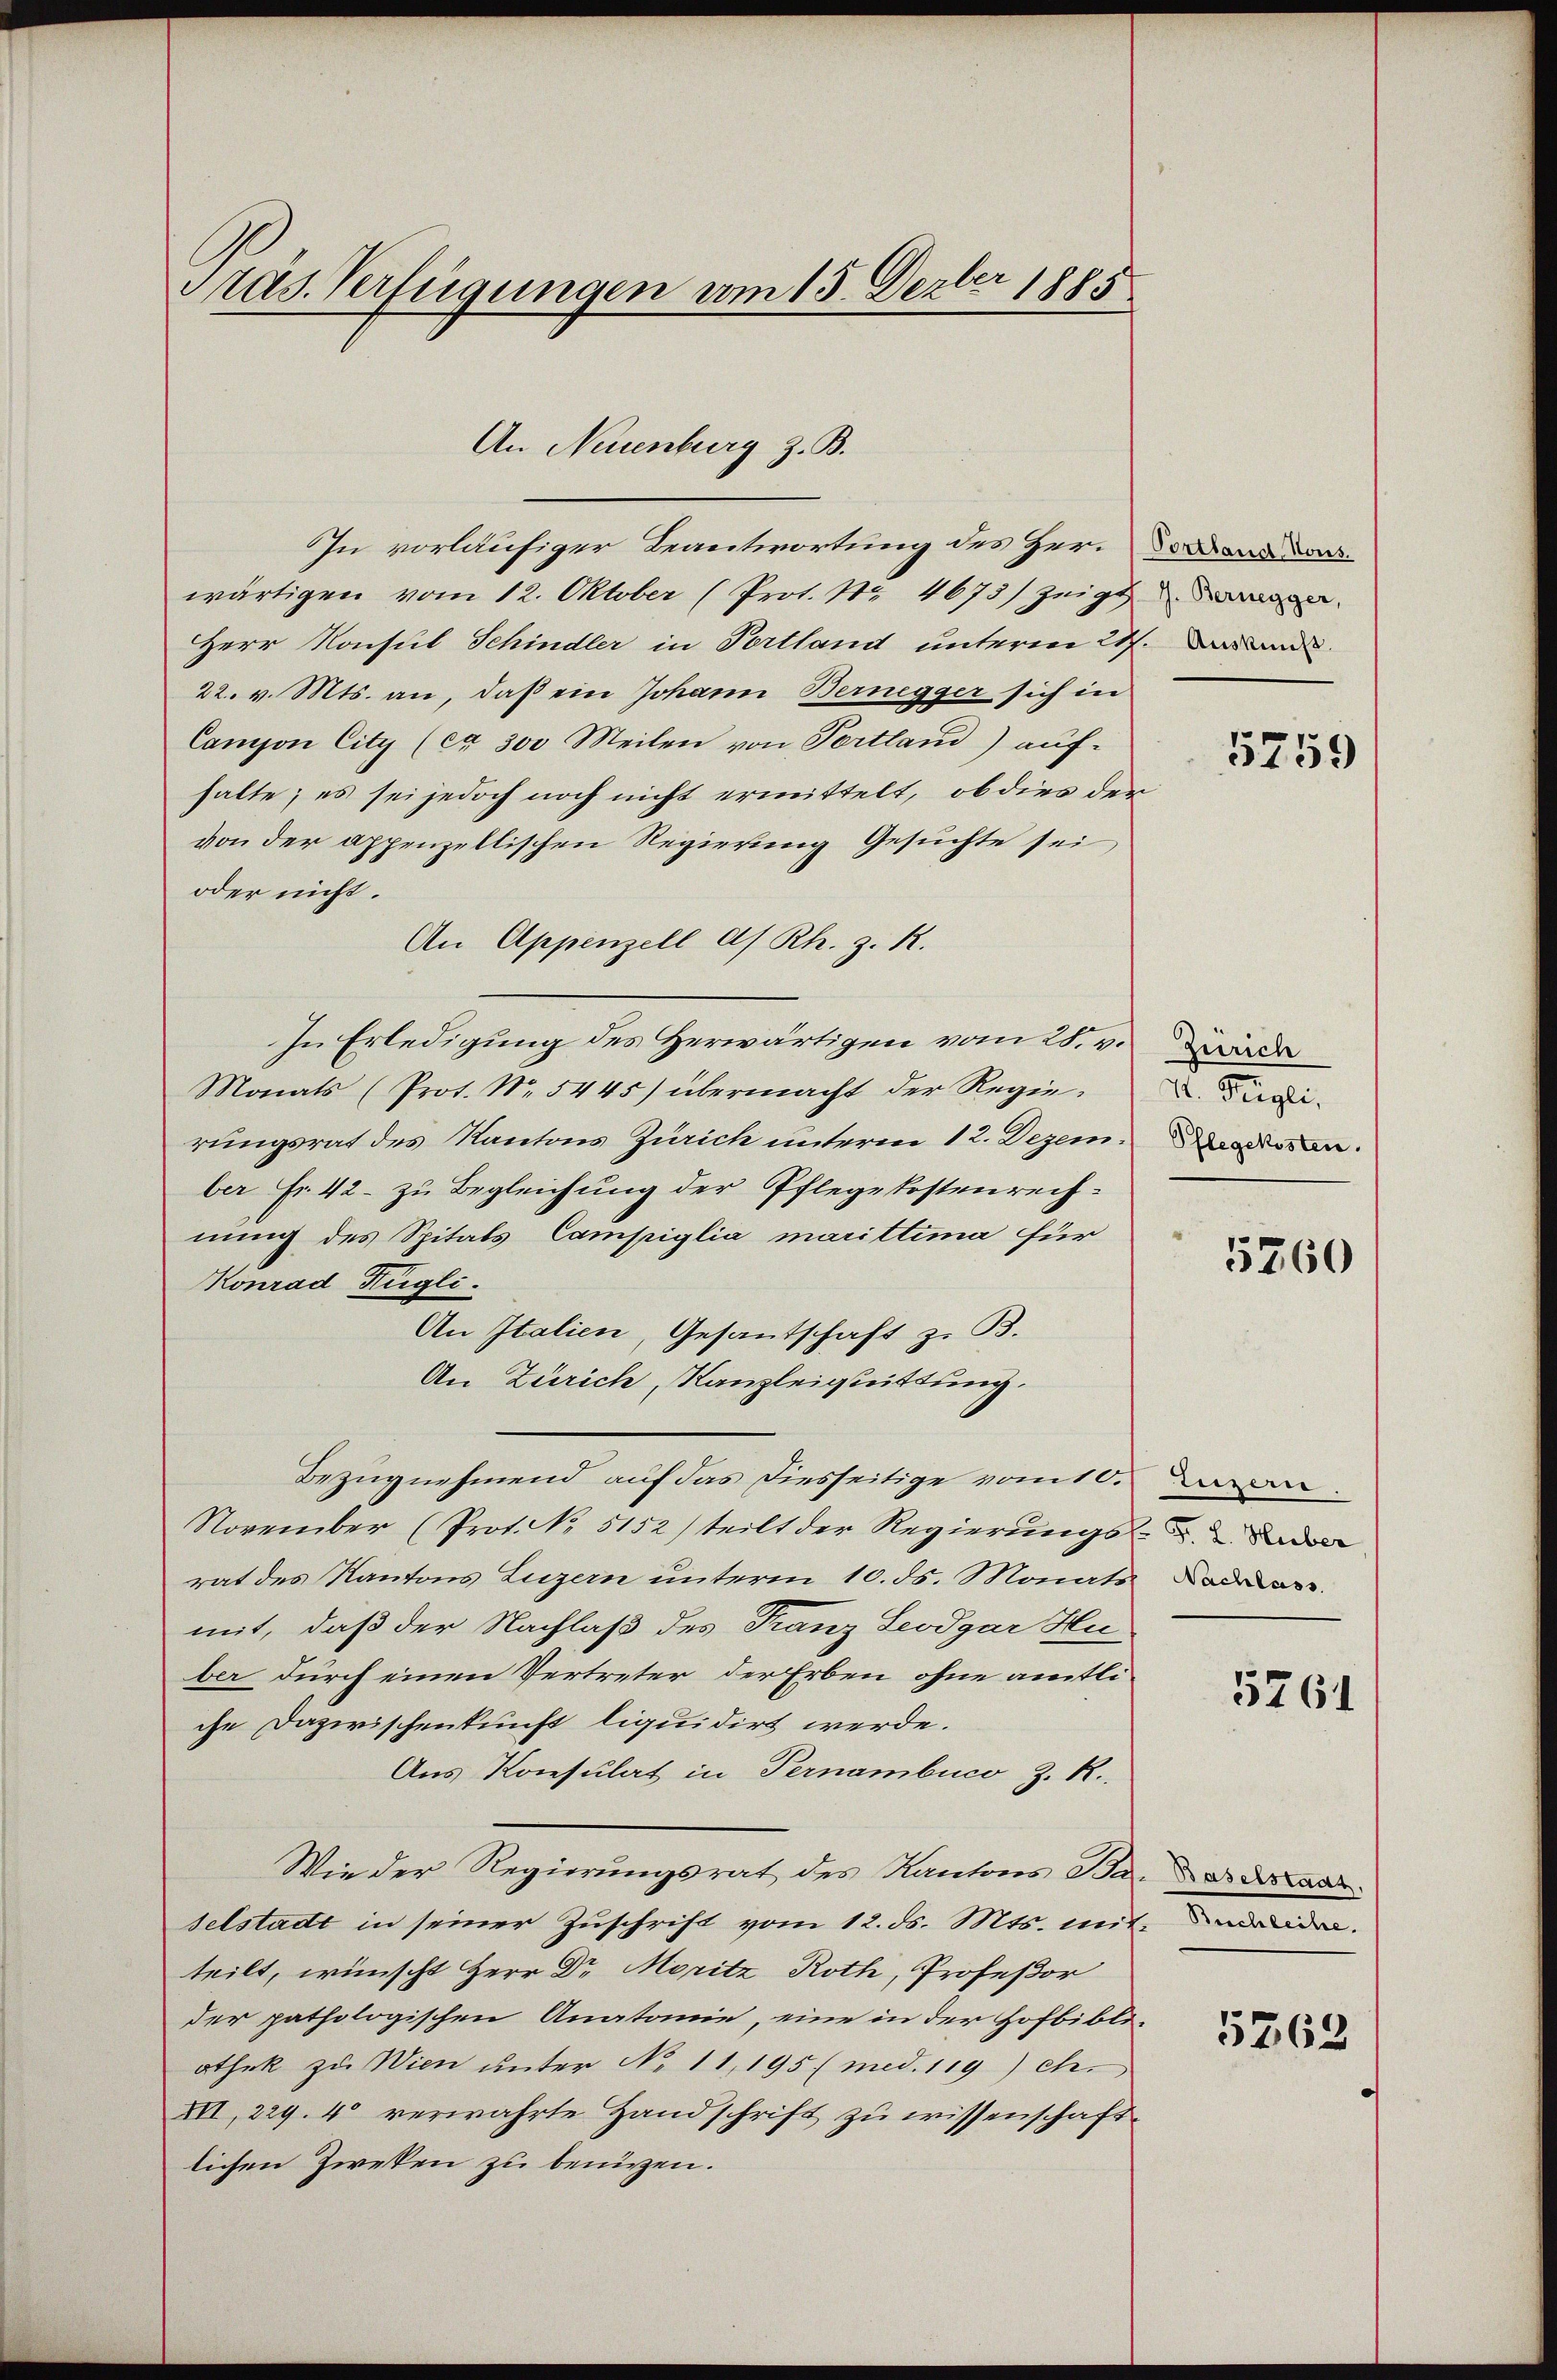
Präs. Verfügungen vom 15. Dezber 1885

An Neuenburg z. B.

In vorläufiger Beantwortung des Herwärtigen vom 12. Oktober (Prot. Nr. 4673) zeigt
Herr Konsul Schindler in Portland unterm 21. ande
22. v. Mts. an, daß ein Johann Bernegger sich in
Campon City (ca 300 Meilen von Portland) auf-
halte; es sei jedoch noch nicht ermittelt, ob dies der
von der appenzellischen Regierung Gesuchte sei,
oder nicht.
An Appenzell A/Rh. z. R.
In Erledigung des Herwärtigen vom 28. v. de
Monats (Prot. No. 5445) übermacht der Regierungsrat des Kantons Zürich unterm 12. Dezem. Dassen.
ber Fr. 42 - zu Begleichung der Pflegekostenrechnung des Spitals Campiglia marittima für
Konrad Rügli
An Italien, Gesantschaft z. B.
An Zürich, Kanzleiguittung.
Bezugnehmend auf das diesseitige vom 10. Jan.
November (Prot. No 5152) teilt der Regierungs-
rat des Kantons Luzern unterm 10. ds. Monats Bode
mit, daß der Nachlaß des Franz Seodgar Hu
ber durch einen Vertreter der Erben ohne amtliche Dazwischenkunft liquidirt werde.
Aus Konsulat in Pernambico z. R.
Wie der Regierungsrat des Kantons Baad
selstadt in seiner Zuschrift vom 12. ds. Mts. mit werden.
teilt, wünscht Herr Dr Moritz Roth, Profeßor
der pathologischen Anatomie, eine in der Hofbibli-
othek zu Wien unter No 11, 195 (med. 119) eh.
XVI, 229. 4 verwahrte Handschrift zu wissenschaftlichen Zweken zu benitzen.

Portland Kons.

5759

V. Peigli.

5760

5761

5263